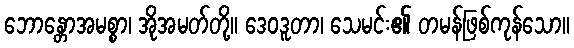
ဘောန္တောအမစ္စာ၊ အိုအမတ်တို့။ ဒေဝဒူတာ၊ သေမင်း၏ တမန်ဖြစ်ကုန်သော။